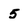
Character: 5